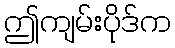
ဤကျမ်းပိုဒ်က